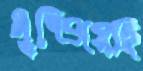
মুষ্‌ড়িয়েছি